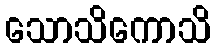
သောသိကောသိ